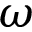
\omega